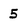
Character: 5